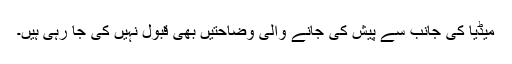
میڈیا کی جانب سے پیش کی جانے والی وضاحتیں بھی قبول نہیں کی جا رہی ہیں۔